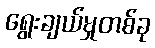
ရွေးချယ်မှုတစ်ခု